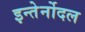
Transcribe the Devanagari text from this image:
इन्तेर्नोदल